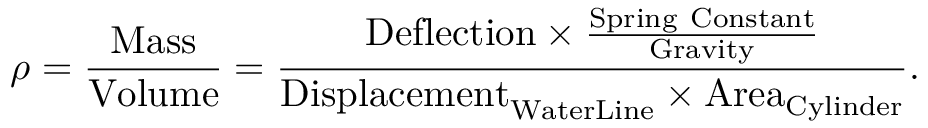
\rho = { \frac { \mathrm { M a s s } } { \mathrm { V o l u m e } } } = { \frac { { \mathrm { D e f l e c t i o n } } \times { \frac { \mathrm { S p r i n g ~ C o n s t a n t } } { \mathrm { G r a v i t y } } } } { { \mathrm { D i s p l a c e m e n t } } _ { \mathrm { W a t e r L i n e } } \times { \mathrm { A r e a } } _ { \mathrm { C y l i n d e r } } } } .